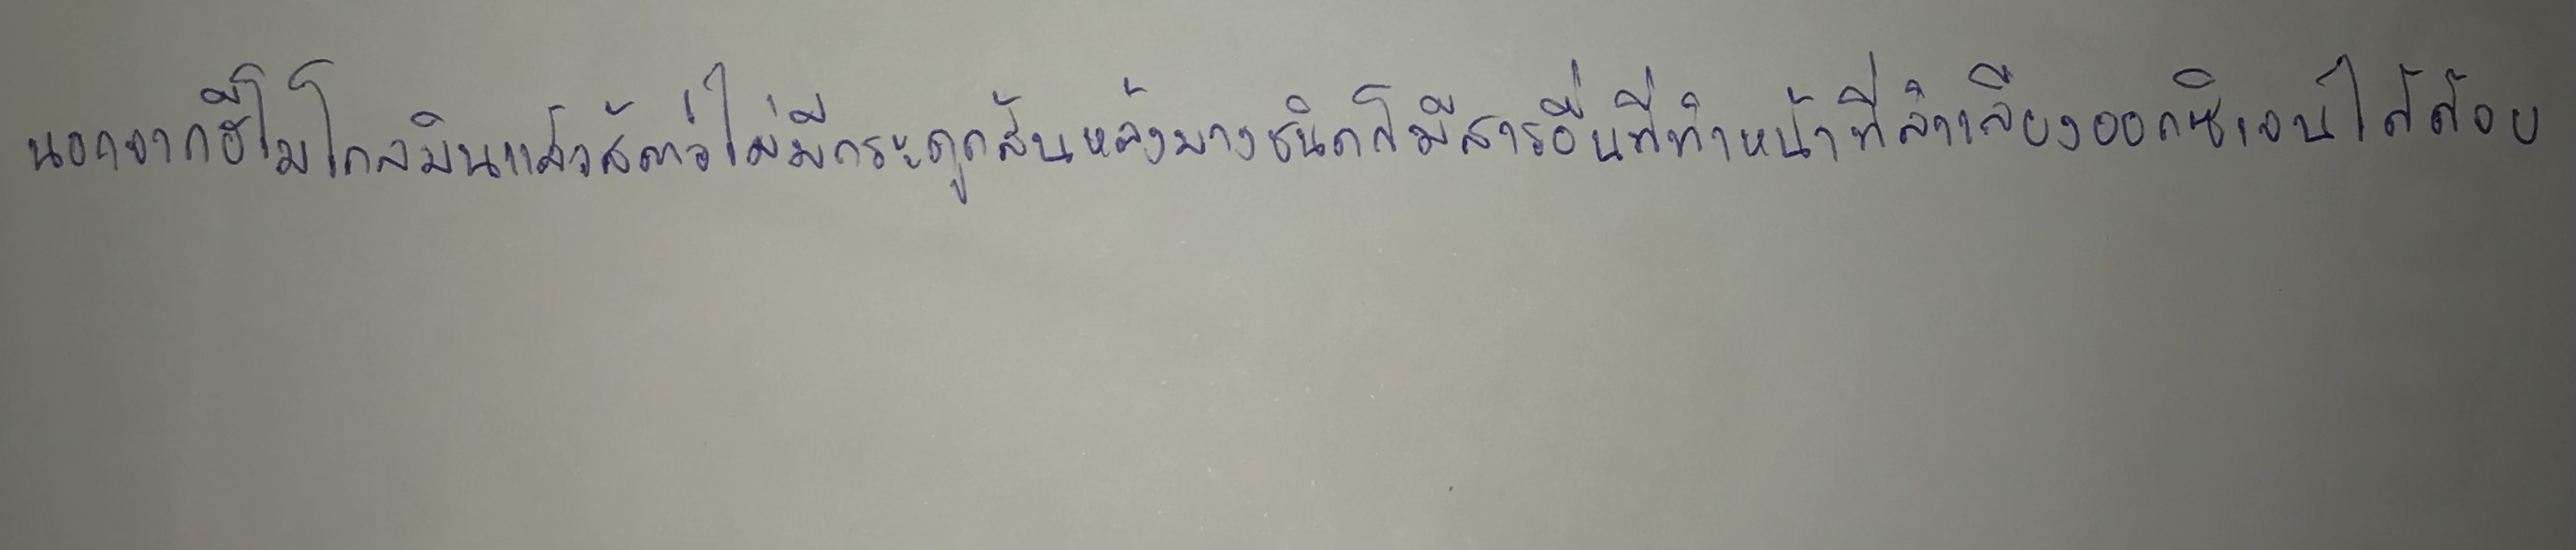
นอกจากฮีโมโกลบินแล้วสัตว์ไม่มีกระดูกสันหลังบางชนิดก็มีสารอื่นที่ทำหน้าที่ลำเลียงออกซิเจนได้ด้วย